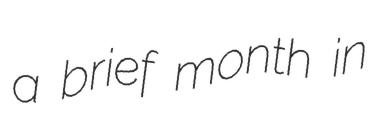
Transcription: a brief month in